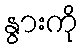
နွားကို